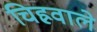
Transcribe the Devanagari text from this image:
चिह्रवाले